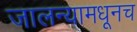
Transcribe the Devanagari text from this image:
जालन्यामधूनच